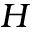
H